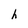
Character: h